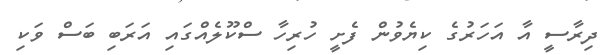
ދިރާސީ އާ އަހަރުގެ ކިޔެވުން ފެށީ ހުރިހާ ސްކޫލެއްގައި އަރަބި ބަސް ވަކި